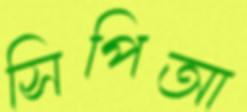
সিপিআ